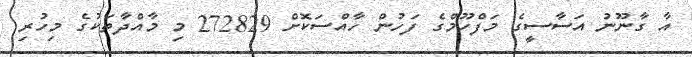
އާ ގާނޫނު އަސާސީގެ މަފްހޫމްގެ ފަހުން ހާއްސަކޮށް 272829 މި މާއްދާތަކުގެ މިހުރި